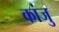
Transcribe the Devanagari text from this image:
कांजु